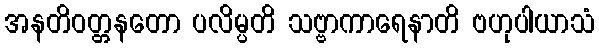
အနတိဝတ္တနတော ပလိမ္ပတိ သဗ္ဗာကာရေနာတိ ဗဟုပါယာသံ